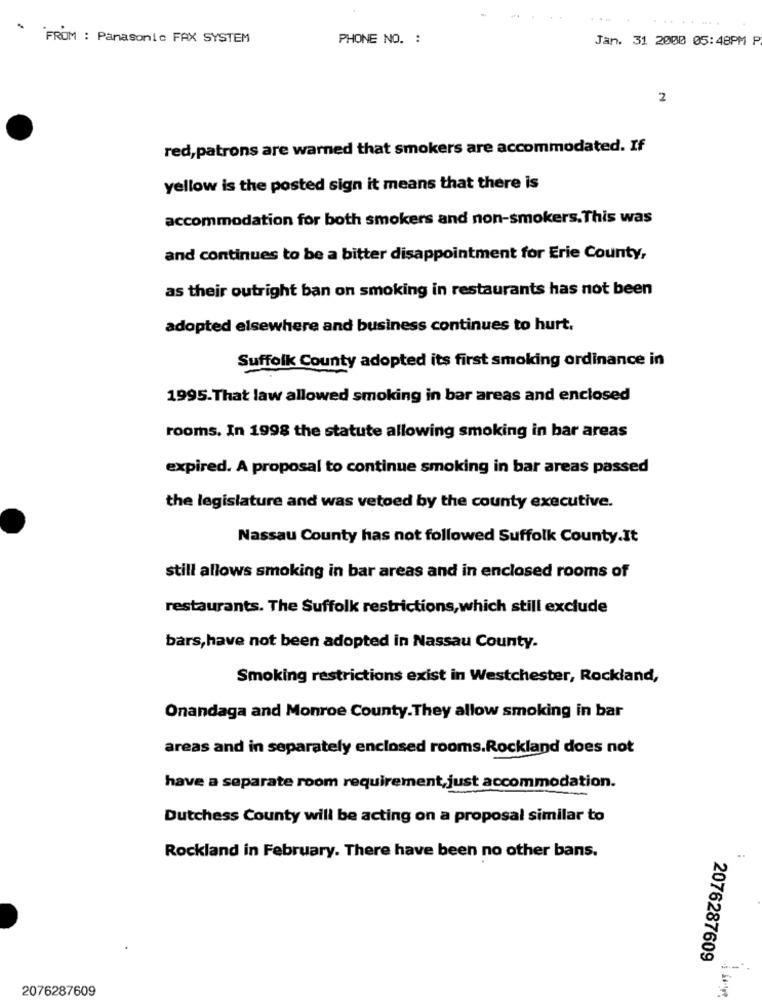
FROM : Panasonic FAX SYSTEM
PHONE NO. :
Jan. 31 2000 05:48PM P
2
red,patrons are warned that smokers are accommodated. If
yellow is the posted sign it means that there is
accommodation for both smokers and non-smokers. This was
and continues to be a bitter disappointment for Erie County,
as their outright ban on smoking in restaurants has not been
adopted elsewhere and business continues to hurt.
Suffolk County adopted its first smoking ordinance in
1995.That law allowed smoking in bar areas and enclosed
rooms. In 1998 the statute allowing smoking in bar areas
expired. A proposal to continue smoking in bar areas passed
the legislature and was vetoed by the county executive.
Nassau County has not followed Suffolk County.It
still allows smoking in bar areas and in enclosed rooms of
restaurants. The Suffolk restrictions, which still exclude
bars, have not been adopted in Nassau County.
Smoking restrictions exist in Westchester, Rockland,
Onandaga and Monroe County.They allow smoking in bar
areas and in separately enclosed rooms.Rockland does not
have a separate room requirement,just accommodation.
Dutchess County will be acting on a proposal similar to
Rockland in February. There have been no other bans.
2076287609
2076287609